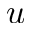
u